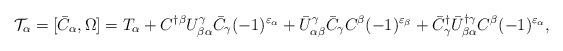
LaTeX: \begin{align*}{\cal T}_\alpha=[\bar{C}_\alpha,\Omega]=T_\alpha+C^{\dagger\beta}U^\gamma_{\beta\alpha}\bar{C}_\gamma(-1)^{\varepsilon_\alpha}+\bar{U}^\gamma_{\alpha\beta}\bar{C}_\gamma C^\beta(-1)^{\varepsilon_\beta}+\bar{C}^\dagger_\gamma\bar{U}^{\dagger\gamma}_{\beta\alpha}C^\beta(-1)^{\varepsilon_\alpha},\end{align*}